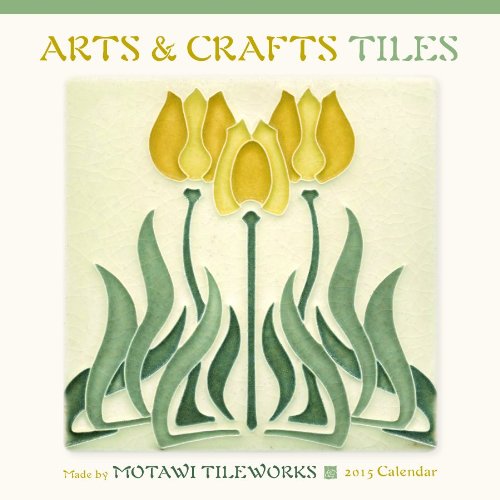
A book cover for Arts & Crafts Tiles 2015 Calendar; Calendars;